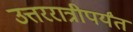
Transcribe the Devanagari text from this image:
उत्तररात्रीपर्यंत